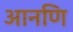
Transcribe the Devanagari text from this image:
आनणि